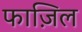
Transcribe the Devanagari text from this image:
फाज़िल